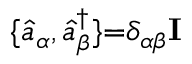
\{ \hat { a } _ { \alpha } , \hat { a } _ { \beta } ^ { \dagger } \} { = } \delta _ { \alpha \beta } \mathbf { I }